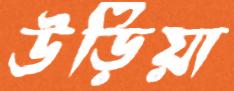
উড়িয়া